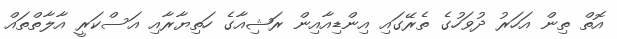
އޮތް ތިން އަހަރު ދުވަހުގެ ތެރޭގައި އިންޑިއާއިން ރަޝިއާގެ ހަތިޔާރާއި އަސްކަރީ އާލާތްތައް